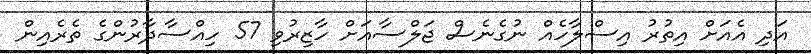
އަދި އެއަށް އިތުރު އިސްލާހެއް ނުގެނެސް ޖަލްސާއަށް ހާޒިރުވި 57 ހިއްސާދާރުންގެ ތެރެއިން